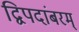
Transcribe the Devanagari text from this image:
द्विपदांबरम्